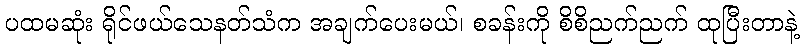
ပထမဆုံး ရိုင်ဖယ်သေနတ်သံက အချက်ပေးမယ်၊ စခန်းကို စိစိညက်ညက် ထုပြီးတာနဲ့